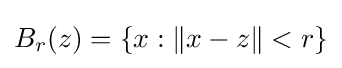
B_{r}(z)=\{x:\|x-z\|<r\}